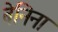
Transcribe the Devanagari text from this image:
बेनिना